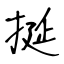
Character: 挻